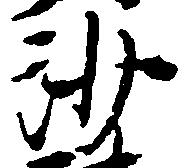
沙